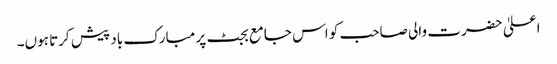
اعلیٰ حضرت والی صاحب کو اس جامع بجٹ پر مبارک باد پیش کرتا ہوں۔